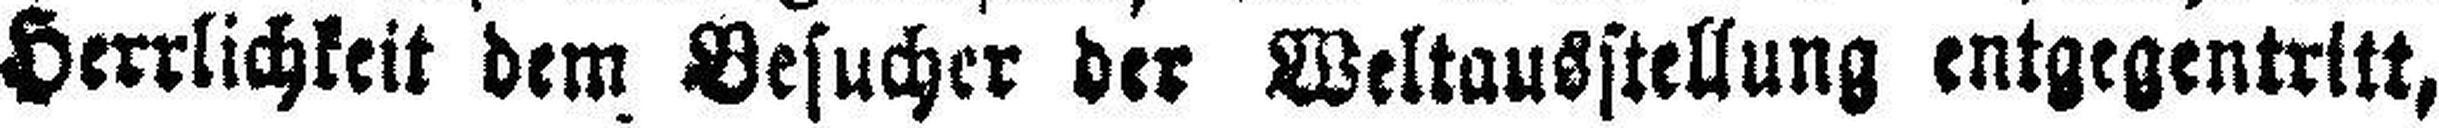
Herrlichkeit dem Besucher der Weltausstellung entgegentritt,